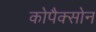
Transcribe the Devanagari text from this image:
कोपैक्सोन